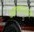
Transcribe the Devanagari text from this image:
आकाशले